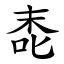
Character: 唜